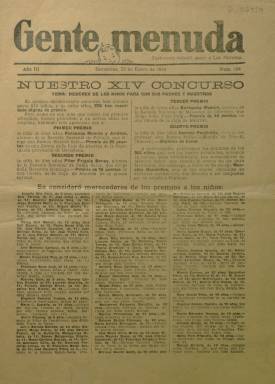
Título: Gente menuda (Barcelona)
Colección: Revistas infantiles
Ámbito geográfico: Barcelona
Lugar de publicación: Barcelona
Fechas: 25/01/1930-25/01/1930